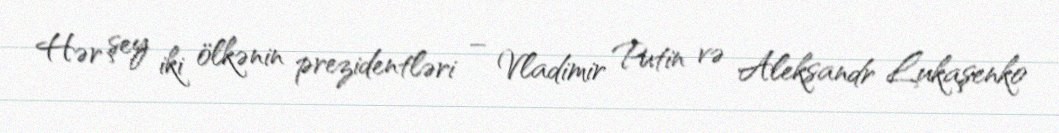
Hər şey iki ölkənin prezidentləri – Vladimir Putin və Aleksandr Lukaşenko